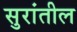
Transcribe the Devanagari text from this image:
सुरांतील